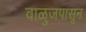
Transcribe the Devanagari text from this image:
वाळुजपासून